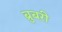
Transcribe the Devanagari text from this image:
ब्रुबरी